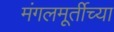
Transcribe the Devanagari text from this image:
मंगलमूर्तीच्या